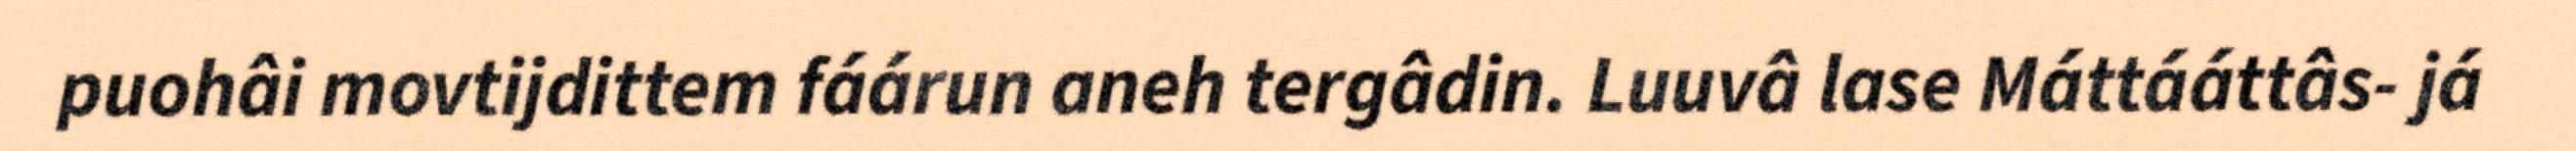
puohâi movtijdittem fáárun aneh tergâdin. Luuvâ lase Máttááttâs- já